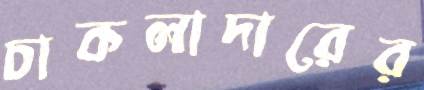
চাকলাদারের